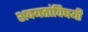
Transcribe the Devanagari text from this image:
शक्यतांविषयी